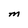
Character: M